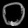
Digit: ၀